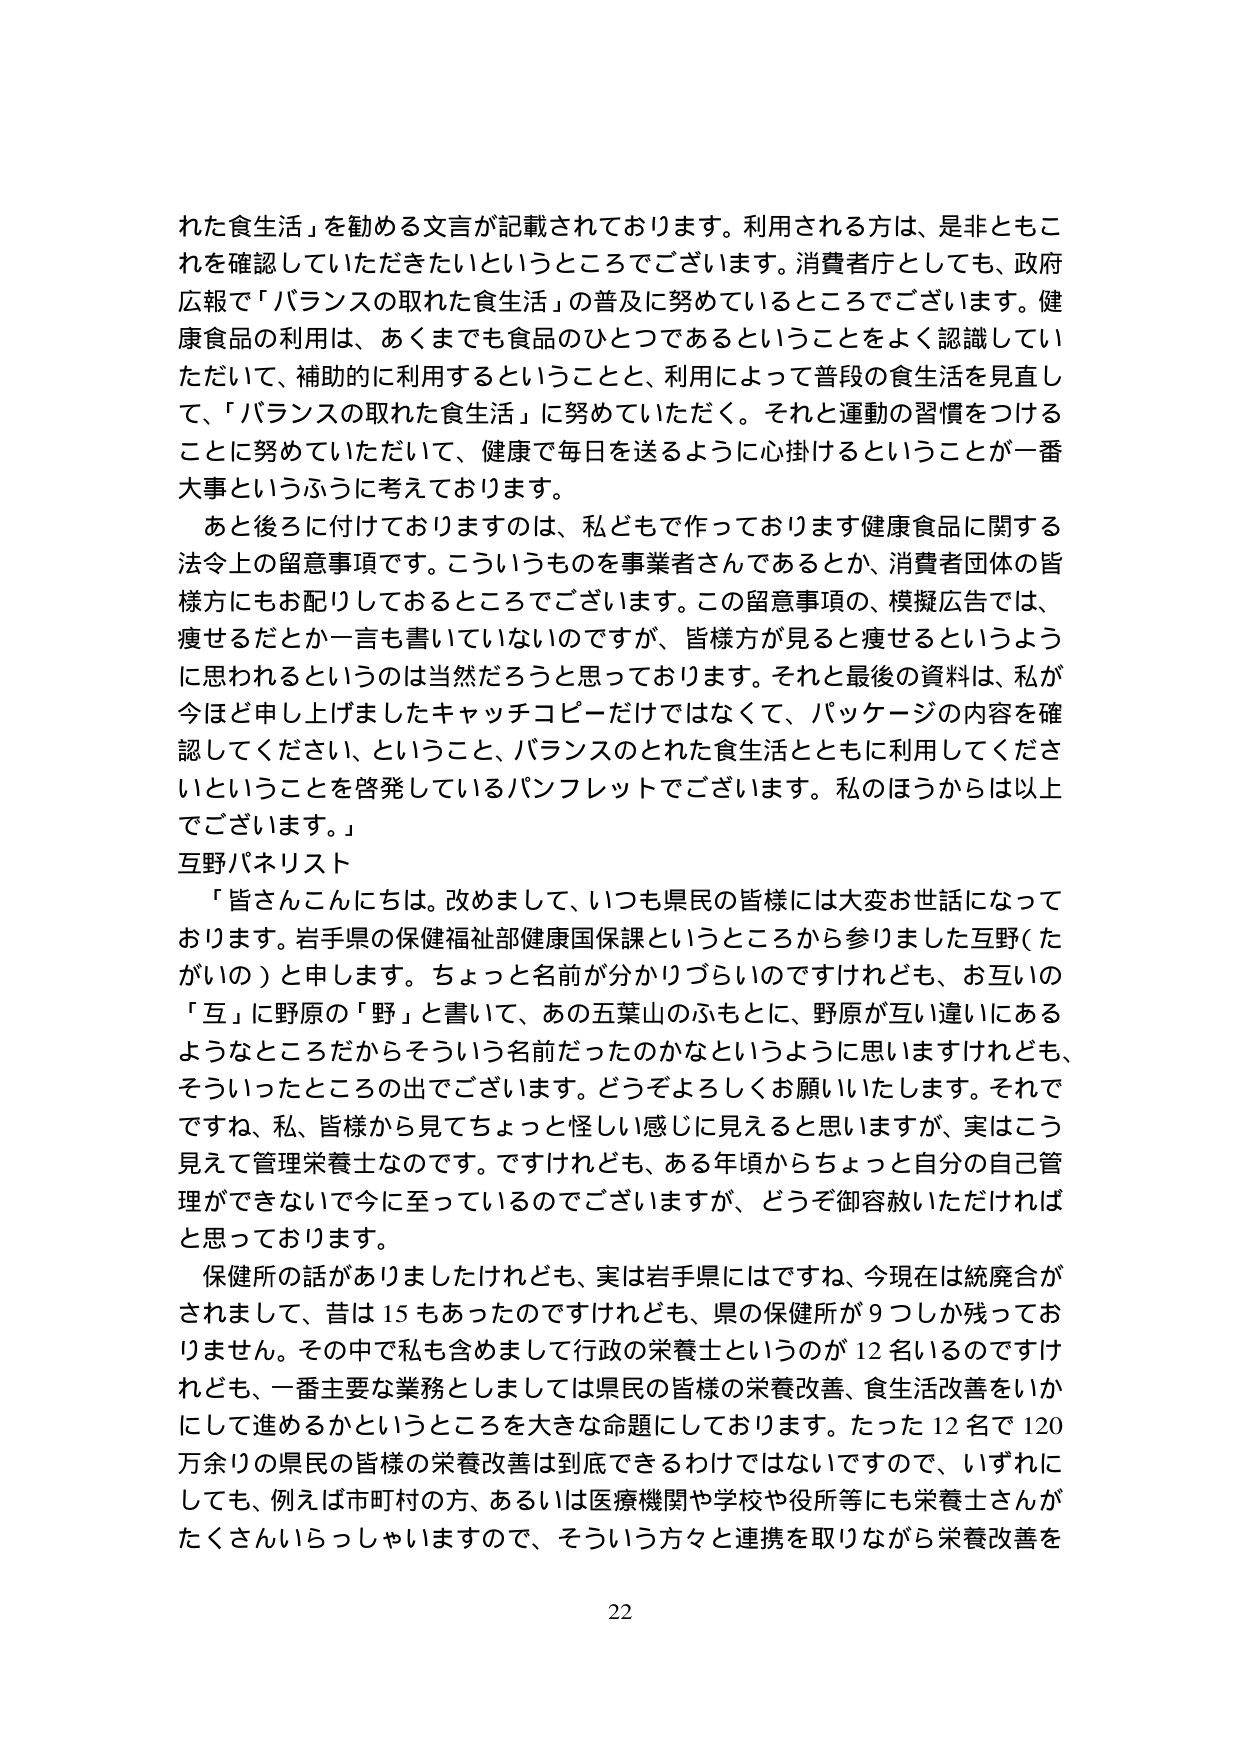
れた食生活」を勧める文言が記載されております。利用される方は、是非ともこれを確認していただきたいというところでございます。消費者庁としても、政府広報で「バランスの取れた食生活」の普及に努めているところでございます。健康食品の利用は、あくまでも食品のひとつであるということをよく認識していただいて、補助的に利用するということと、利用によって普段の食生活を見直して、「バランスの取れた食生活」に努めていただく。それと運動の習慣をつけることに努めていただいて、健康で毎日を送るように心掛けるということが一番大事というふうに考えております。

あと後ろに付けておりますのは、私どもで作っております健康食品に関する法令上の留意事項です。こういうものを事業者さんであるとか、消費者団体の皆様方にもお配りしておるところでございます。この留意事項の、模擬広告では、痩せるだとか一言も書いていないのですが、皆様方が見ると痩せるというように思われるというのは当然だろうと思っております。それと最後の資料は、私が今ほど申し上げましたキャッチコピーだけではなくて、パッケージの内容を確認してください、ということ、バランスのとれた食生活とともに利用してくださいということを啓発しているパンフレットでございます。私のほうから以上でございます。」

互野パネリスト

「皆さんこんにちは。改めまして、いつも県民の皆様には大変お世話になっております。岩手県の保健福祉部健康国保課というところから参りました互野（たがいの）と申します。ちょっと名前が分かりづらいのですけれども、お互いの「互」に野原の「野」と書いて、あの五葉山のふもとに、野原が互い違いにあるようなところだからそういう名前だったのかなというように思いますけれども、そういったところの出でございます。どうぞよろしくお願いいたします。それですですね、私、皆様から見てちょっと怪しい感じに見えると思いますが、実はこう見えて管理栄養士なのです。ですけれども、ある年頃からちょっと自分の自己管理ができなくて今に至っているのでございますが、どうぞ御容赦いただければと思っております。

保健所の話がありましたけれども、実は岩手県にはですね、今現在は統廃合がされまして、昔は15もあったのですけれども、県の保健所が9つしか残っておりません。その中で私も含めまして行政の栄養士というのが12名いるのですけれども、一番主要な業務としましては県民の皆様の栄養改善、食生活改善をいかにして進めるかというところを大きな命題にしております。たった12名で120万余りの県民の皆様の栄養改善は到底できるわけではないですので、いずれにしても、例えば市町村の方、あるいは医療機関や学校や役所等にも栄養士さんがたくさんいらっしゃいますので、そういう方々と連携を取りながら栄養改善を

22